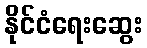
နိုင်ငံရေးဆွေး